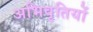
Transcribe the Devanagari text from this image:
अभिवृतियों